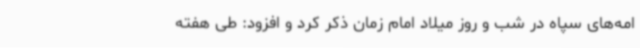
امه‌های سپاه در شب و روز میلاد امام زمان ذکر کرد و افزود: طی هفته